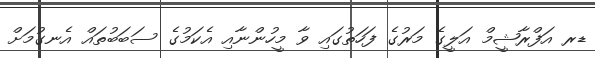
ޑރ އަފްރާޝީމް އަލީގެ މަރުގެ ފަހަތުގައި ވާ މީހުންނާއި އެކަމުގެ ސަބަބުތައް އެނގުމަށް